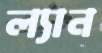
ল্যান